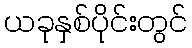
ယခုနှစ်ပိုင်းတွင်